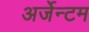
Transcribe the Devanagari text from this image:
अर्जेन्टम